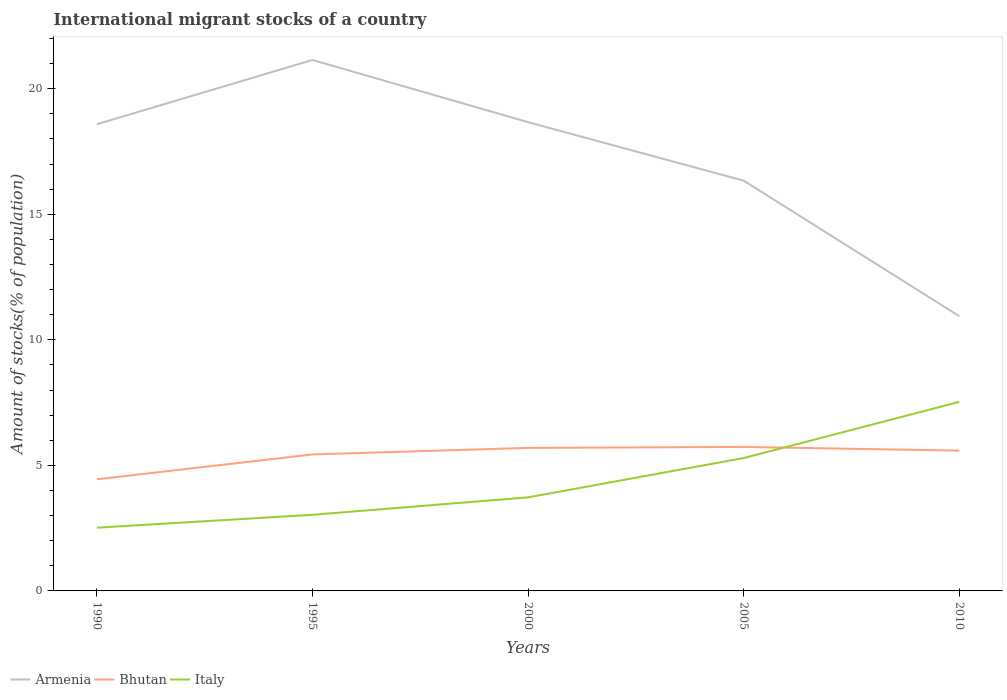
| Years | Armenia | Bhutan | Italy |
 | --- | --- | --- | --- |
 | 1990 | 18.6 | 4.45 | 2.52 |
 | 1995 | 21.1 | 5.44 | 3.03 |
 | 2000 | 18.7 | 5.7 | 3.73 |
 | 2005 | 16.3 | 5.73 | 5.29 |
 | 2010 | 10.9 | 5.59 | 7.53 |